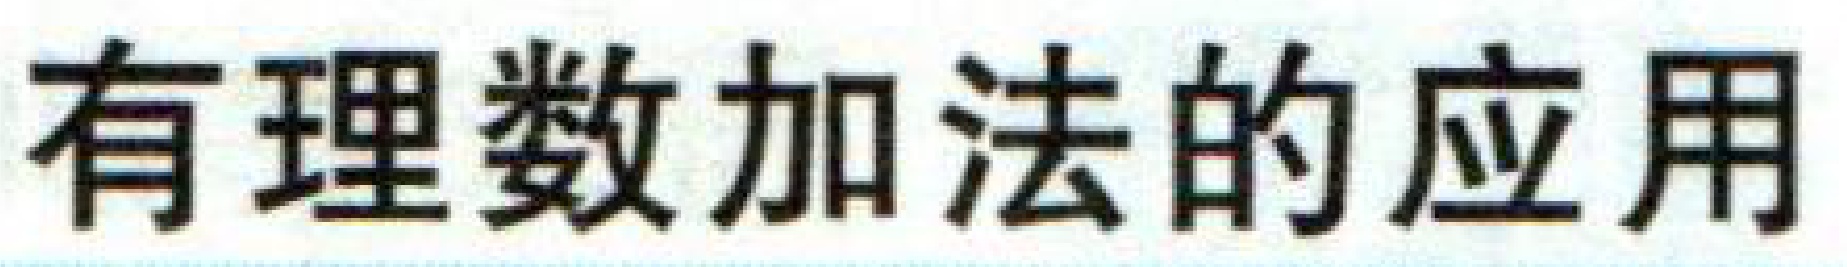
有理数加法的应用